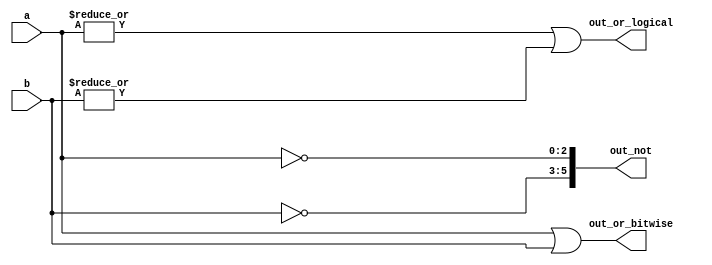
module top_module( 
    input [2:0] a,
    input [2:0] b,
    output [2:0] out_or_bitwise,
    output out_or_logical,
    output [5:0] out_not
);
    assign out_not[2:0]= ~a;
    assign out_not[5:3]= ~b;
    
    or or1 (out_or_logical, |a, |b);
    assign out_or_bitwise= a|b;
    

endmodule